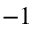
^ { - 1 }